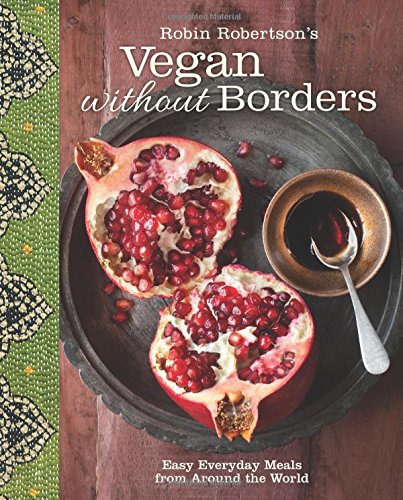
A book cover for Robin Robertson's Vegan Without Borders: Easy Everyday Meals from Around the World; Robin Robertson; Cookbooks, Food & Wine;